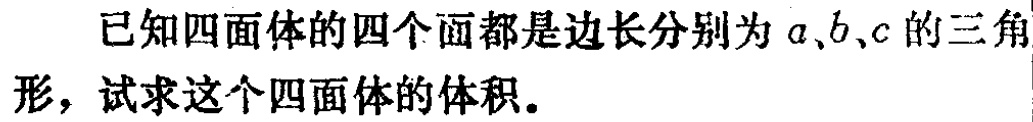
已知四面体的四个面都是边长分别为\(a\)、\(b\)、\(c\)的三角形，试求这个四面体的体积。